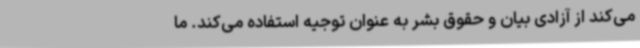
می‌کند از آزادی بیان و حقوق بشر به عنوان توجیه استفاده می‌کند. ما